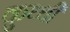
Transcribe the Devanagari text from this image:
कुथ्थी